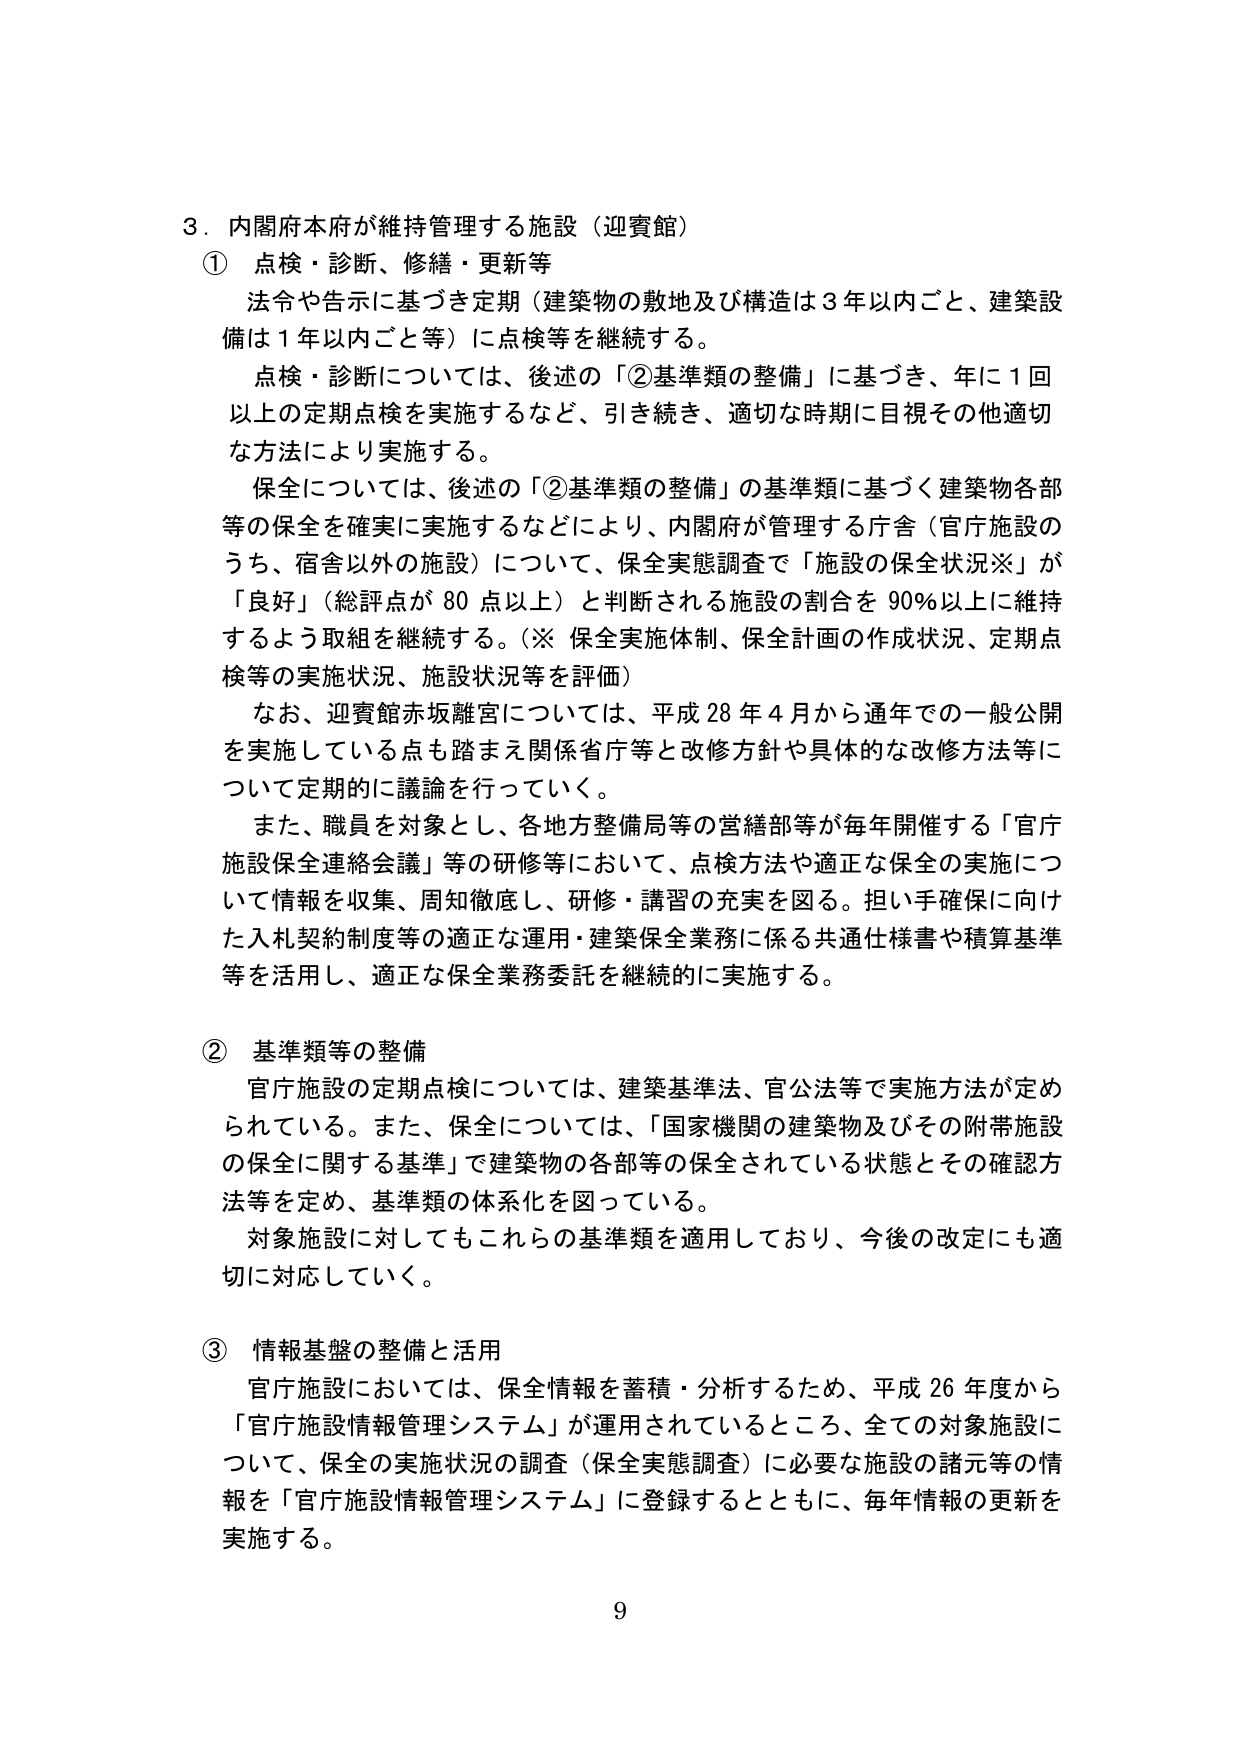
3．内閣府本府が維持管理する施設（迎賓館）
① 点検・診断、修繕・更新等
法令や告示に基づき定期（建築物の敷地及び構造は3年以内ごと、建築設備は1年以内ごと等）に点検等を継続する。
点検・診断については、後述の「②基準類の整備」に基づき、年に1回以上の定期点検を実施するなど、引き続き、適切な時期に目視その他適切な方法により実施する。
保全については、後述の「②基準類の整備」の基準類に基づく建築物各部等の保全を確実に実施するなどにより、内閣府が管理する庁舎（官庁施設のうち、宿舎以外の施設）について、保全実態調査で「施設の保全状況※」が「良好」（総評点が80点以上）と判断される施設の割合を90％以上に維持するよう取組を継続する。（※ 保全実施体制、保全計画の作成状況、定期点検等の実施状況、施設状況等を評価）
なお、迎賓館赤坂離宮については、平成28年4月から通年での一般公開を実施している点も踏まえ関係省庁等と改修方針や具体的な改修方法等について定期的に議論を行っていく。
また、職員を対象とし、各地方整備局等の営繕部等が毎年開催する「官庁施設保全連絡会議」等の研修等において、点検方法や適正な保全の実施について情報を収集、周知徹底し、研修・講習の充実を図る。担い手確保に向けた入札契約制度等の適正な運用・建築保全業務に係る共通仕様書や積算基準等を活用し、適正な保全業務委託を継続的に実施する。

② 基準類等の整備
官庁施設の定期点検については、建築基準法、官公法等で実施方法が定められている。また、保全については、「国家機関の建築物及びその附帯施設の保全に関する基準」で建築物の各部等の保全されている状態とその確認方法等を定め、基準類の体系化を図っている。
対象施設に対してもこれらの基準類を適用しており、今後の改定にも適切に対応していく。

③ 情報基盤の整備と活用
官庁施設においては、保全情報を蓄積・分析するため、平成26年度から「官庁施設情報管理システム」が運用されているところ、全ての対象施設について、保全の実施状況の調査（保全実態調査）に必要な施設の諸元等の情報を「官庁施設情報管理システム」に登録するとともに、毎年情報の更新を実施する。

9